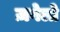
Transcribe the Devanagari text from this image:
ज़गेलो